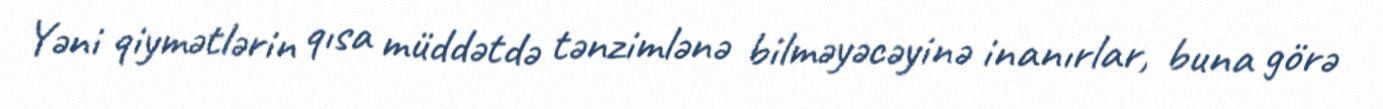
Yəni qiymətlərin qısa müddətdə tənzimlənə bilməyəcəyinə inanırlar, buna görə